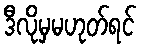
ဒီလိုမှမဟုတ်ရင်